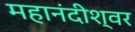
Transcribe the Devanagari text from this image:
महानंदीश्‍वर